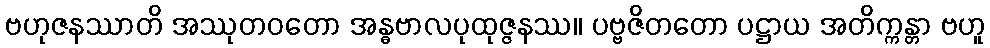
ဗဟုဇနဿာတိ အဿုတဝတော အန္ဓဗာလပုထုဇ္ဇနဿ။ ပဗ္ဗဇိတတော ပဋ္ဌာယ အတိက္ကန္တာ ဗဟူ